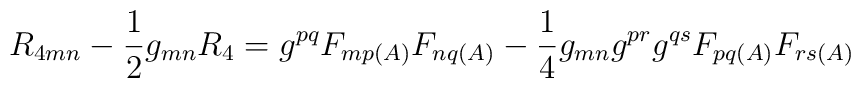
R_{4mn} - \frac{1}{2}g_{mn}R_{4} = g^{pq}F_{mp(A)}F_{nq(A)} - \frac{1}{4}g_{mn}g^{pr}g^{qs}F_{pq(A)}F_{rs(A)}